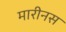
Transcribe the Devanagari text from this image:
मारीनस